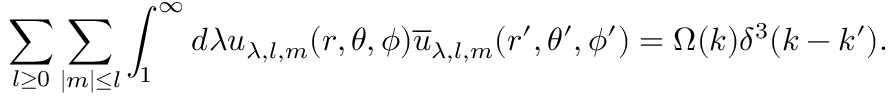
\sum _ { l \geq 0 } \sum _ { \mid m \mid \leq l } \int _ { 1 } ^ { \infty } d \lambda u _ { \lambda , l , m } ( r , \theta , \phi ) \overline { { { u } } } _ { \lambda , l , m } ( r ^ { \prime } , \theta ^ { \prime } , \phi ^ { \prime } ) = \Omega ( k ) \delta ^ { 3 } ( k - k ^ { \prime } ) .